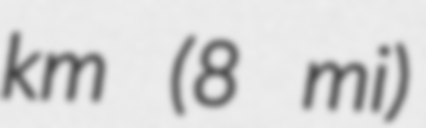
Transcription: km (8 mi)